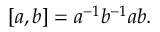
[ a , b ] = a ^ { - 1 } b ^ { - 1 } a b .